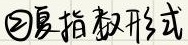
\textcircled{2}复指数形式